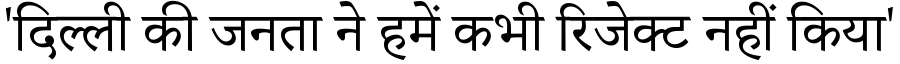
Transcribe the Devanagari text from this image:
'दिल्ली की जनता ने हमें कभी रिजेक्ट नहीं किया'